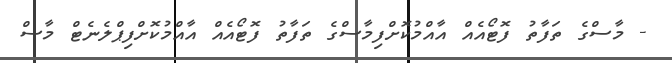
- މާސްގެ ތަފާތު ފޮޓޯއެއް އާއްމުކޮށްފިމާސްގެ ތަފާތު ފޮޓޯއެއް އާއްމުކޮށްފިޕްލެނެޓް މާސް